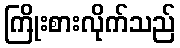
ကြိုးစားလိုက်သည်